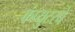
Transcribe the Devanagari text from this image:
कंप्युटरचे